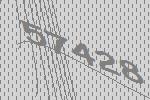
57428